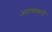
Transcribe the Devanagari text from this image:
अष्टाध्ययायी